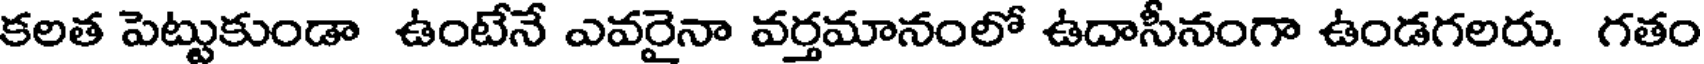
కలత పెట్టుకుండా ఉంటేనే ఎవరైనా వర్తమానంలో ఉదాసీనంగా ఉండగలరు. గతం